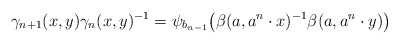
\begin{align*} \gamma_{n+1}(x,y)\gamma_{n}(x,y)^{-1}=\psi_{b_{n-1}}\big(\beta(a,a^{n}\cdot x)^{-1}\beta(a,a^{n}\cdot y)\big)\end{align*}